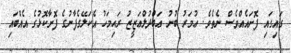
ގައިގައި ފޮށައެއްވެސް ނެތެވެ. ޢުމަރު ބުނު ޢަބްދުލްޢަޒީޒު ރަޙިމަހު އެކަލޭގެފާނުގެ ފޮށާކޮޅުގެ އެއްބައި